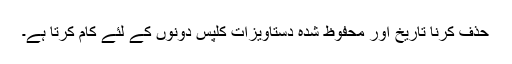
حذف کرنا تاریخ اور محفوظ شدہ دستاویزات کلپس دونوں کے لئے کام کرتا ہے۔